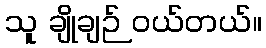
သူ ချိုချဉ် ဝယ်တယ်။